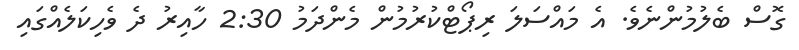
ގޮސް ބެލުމުންނެވެ. އެ މައްސަލަ ރިޕޯޓްކުރުމުން މެންދަމު 2:30 ހާއިރު ދެ ވެހިކަލެއްގައި